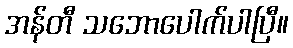
အန်တီ သဘောပေါက်ပါပြီ။